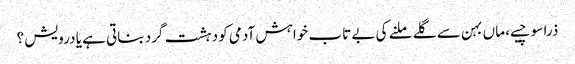
ذرا سوچیے، ماں بہن سے گلے ملنے کی بے تاب خواہش آدمی کو دہشت گرد بناتی ہے یا درویش ؟